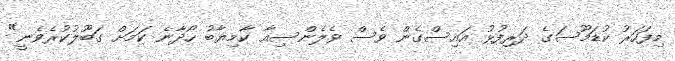
މިފަހަރު ކުޑަމޫސަގެ ދަރިފުޅު އައިސްގެން ވެސް ވެލެންސިއާ ކާމިޔާބު ހޯދާނެ ކަމަށް ގަބޫލުކުރެވެނީ"